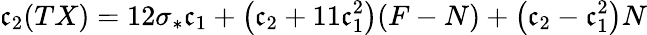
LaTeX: \mathfrak{c}_{2}(TX)=12\sigma_{*}\mathfrak{c}_{1}+\left(\mathfrak{c}_{2}+11\mathfrak{c}_{1}^{2}\right)(F-N)+\left(\mathfrak{c}_{2}-\mathfrak{c}_{1}^{2}\right)N